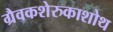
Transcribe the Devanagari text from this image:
ग्रैवकशेरुकाशोथ